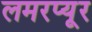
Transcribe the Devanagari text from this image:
लमरप्यूर